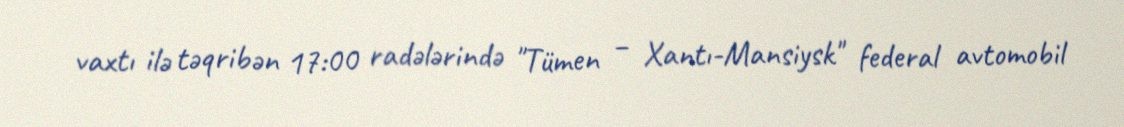
vaxtı ilə təqribən 17:00 radələrində "Tümen – Xantı-Mansiysk" federal avtomobil